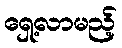
ရှေ့လာမည့်